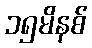
၁၅မိနစ်